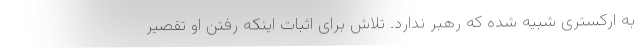
به ارکستری شبیه شده که رهبر ندارد. تلاش برای اثبات اینکه رفتن او تقصیر